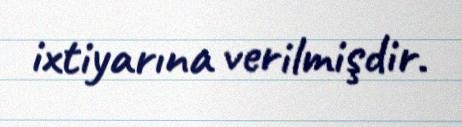
ixtiyarına verilmişdir.